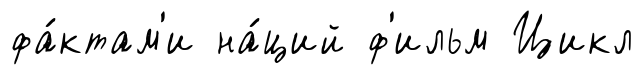
фа́ктам'и на́ций ф'ильм Цикл